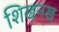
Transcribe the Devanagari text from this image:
शिखनख